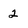
Character: 2